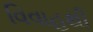
વિવાહથી